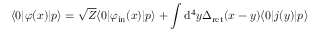
\langle 0 | \varphi ( x ) | p \rangle = { \sqrt { Z } } \langle 0 | \varphi _ { \mathrm { i n } } ( x ) | p \rangle + \int \mathrm { d } ^ { 4 } y \Delta _ { \mathrm { r e t } } ( x - y ) \langle 0 | j ( y ) | p \rangle